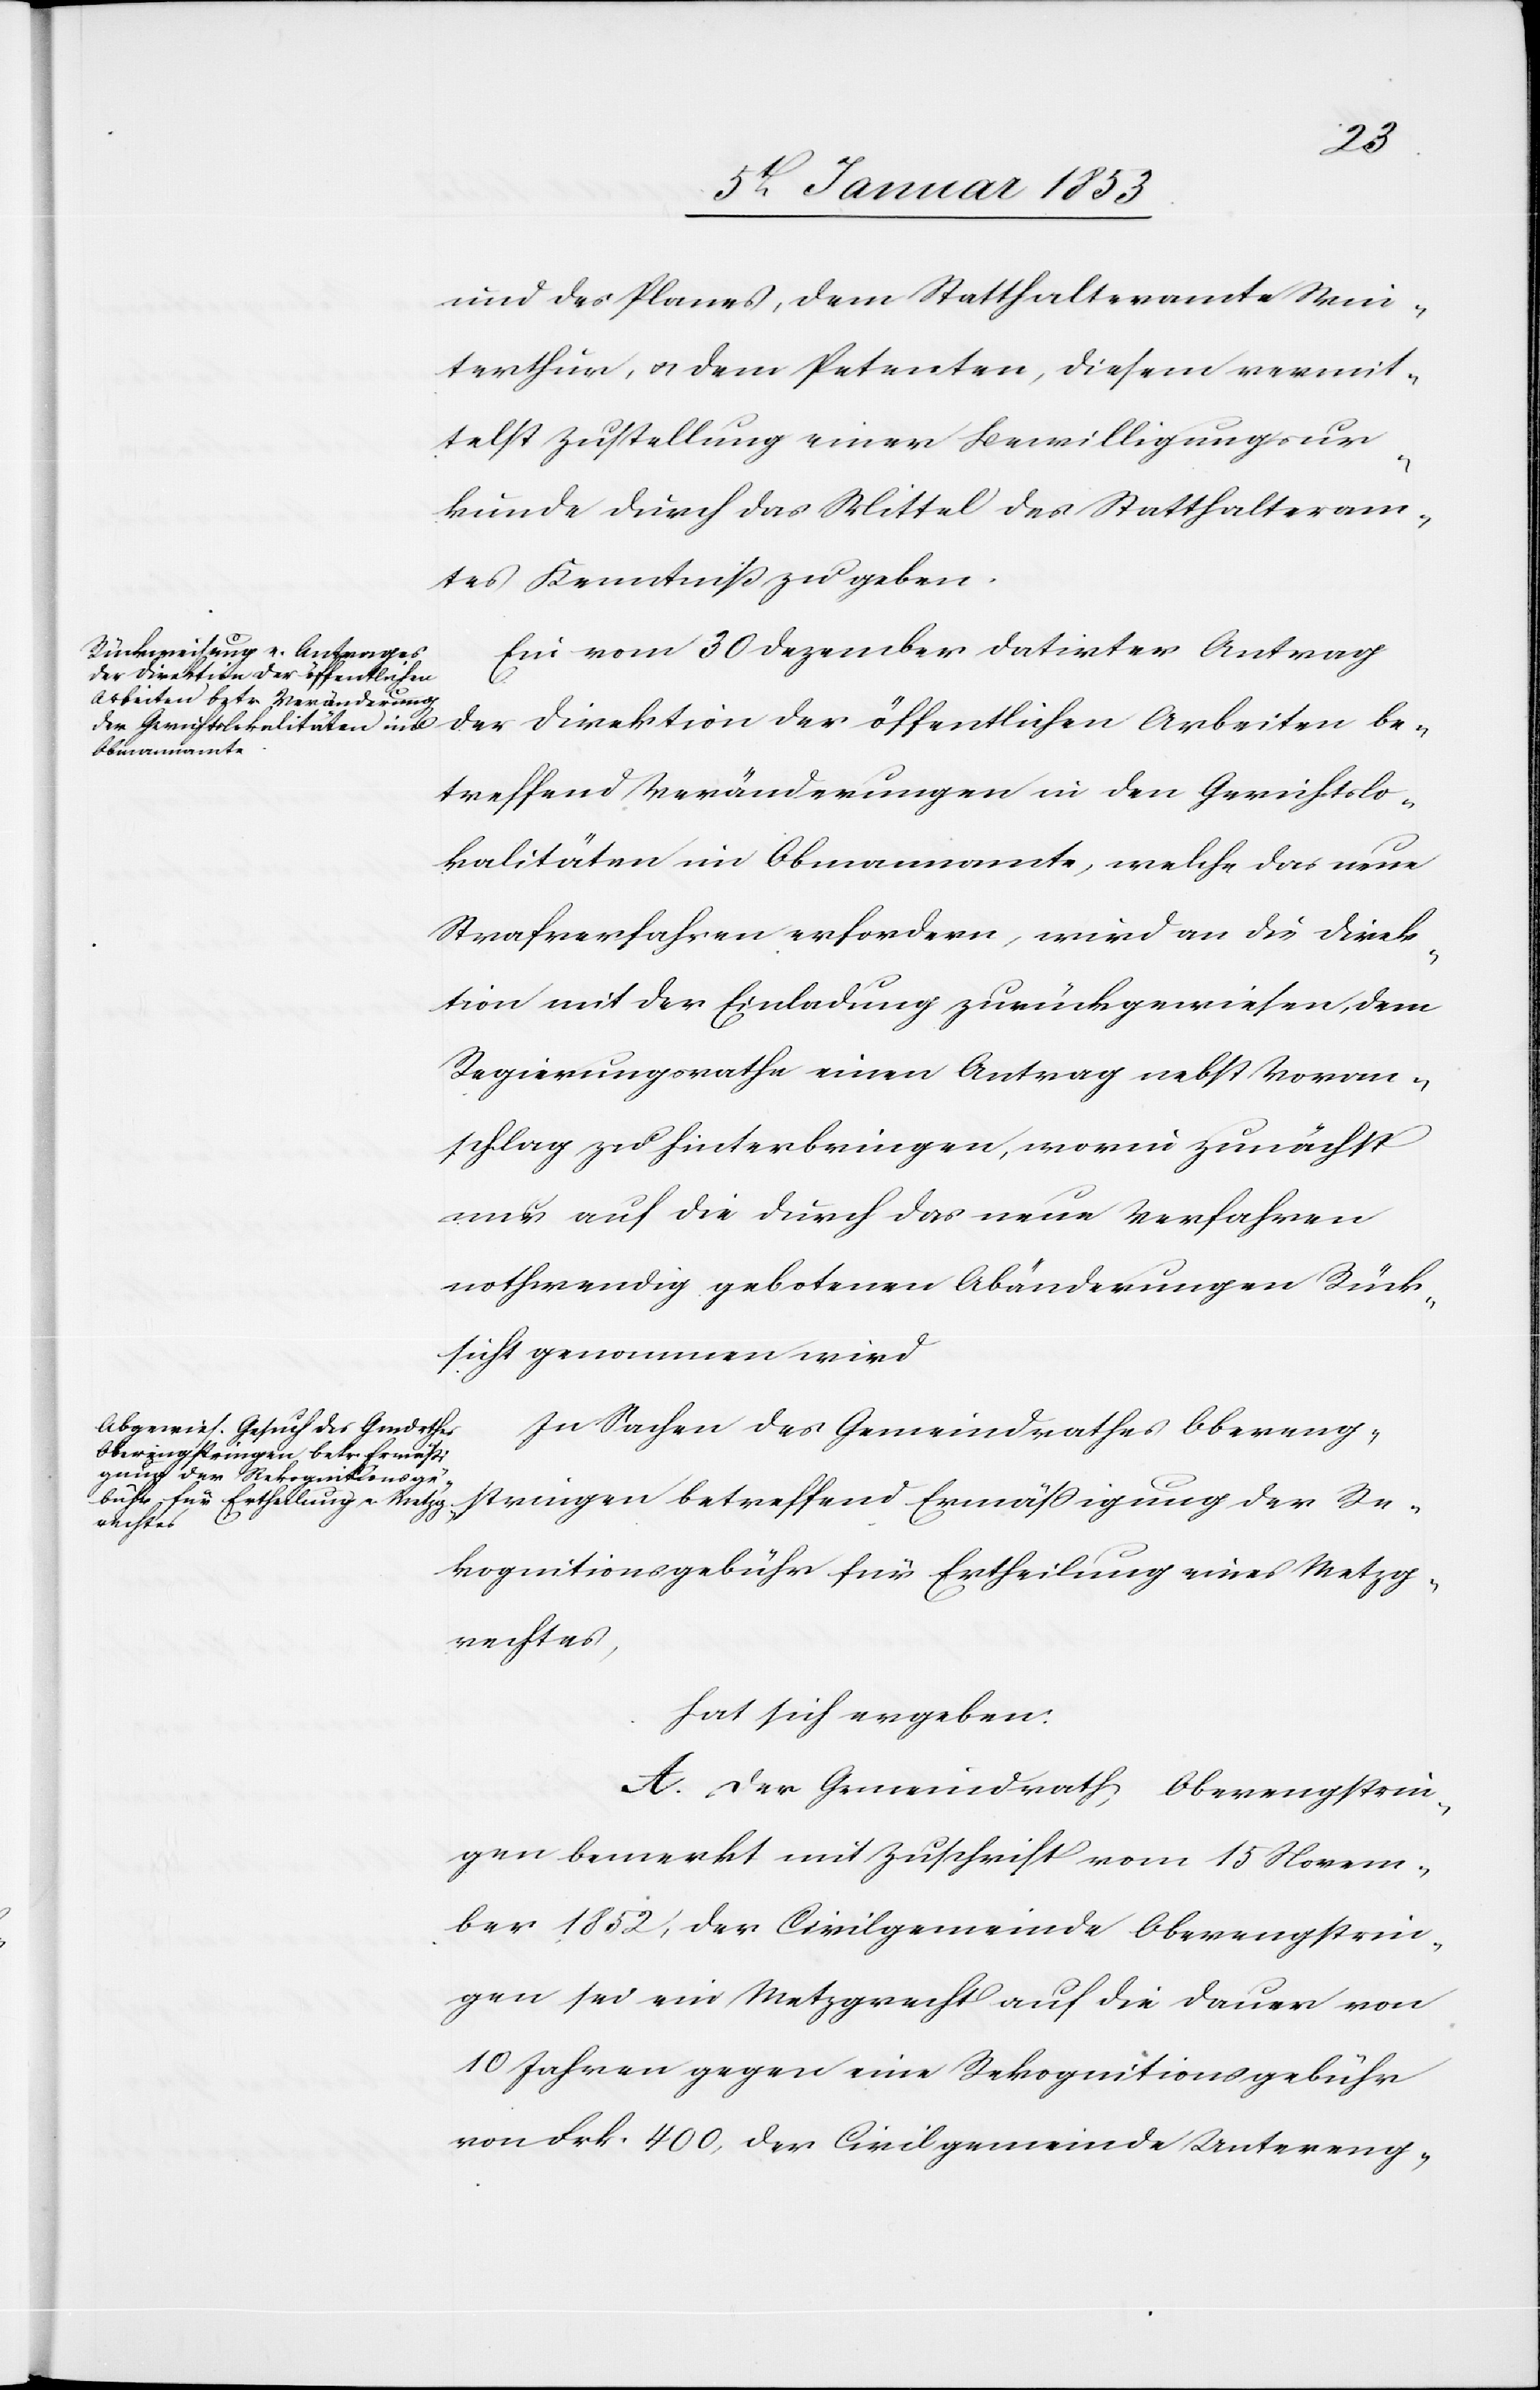
und des Planes, dem Statthalteramte Win¬
terthur, u. dem Petenten, diesem mit¬
telst Zustellung einer Bewilligungsur¬
kunde durch das Mittel des Statthalteram¬
tes Kenntniß zu geben.
Ein vom 30 Dezember datirter Antrag
der Direktion der öffentlichen Arbeiten be¬
treffend Veränderungen in den Gerichtslo¬
kalitäten im Obmannamte, welche das neue
Strafverfahren erfordern, wird an die Direk¬
tion mit der Einladung zurückgewiesen, dem
Regierungsrathe einen Antrag nebst Voran¬
schlag zu hinterbringen, worin zunächst
nur auf die durch das neue Verfahren
nothwendig gebotenen Abänderungen Rück¬
sicht genommen wird.
In Sachen des Gemeindrathes Obereng¬
stringen betreffend Ermässigung der Re¬
kognitionsgebühr für Ertheilung eines Metzg¬
rechtes,
hat sich ergeben:
A. Der Gemeindrath Oberengstrin¬
gen bemerkt mit Zuschrift vom 15 Novem¬
ber 1852, der Civilgemeinde Oberengstrin¬
gen sei ein Metzgrecht auf die Dauer von
10 Jahren gegen eine Rekognitionsgebühr
von Frk 400, der Civilgemeinde Untereng-